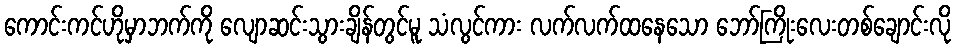
ကောင်းကင်ဟိုမှာဘက်ကို လျောဆင်းသွားချိန်တွင်မူ သံလွင်ကား လက်လက်ထနေသော ဘော်ကြိုးလေးတစ်ချောင်းလို